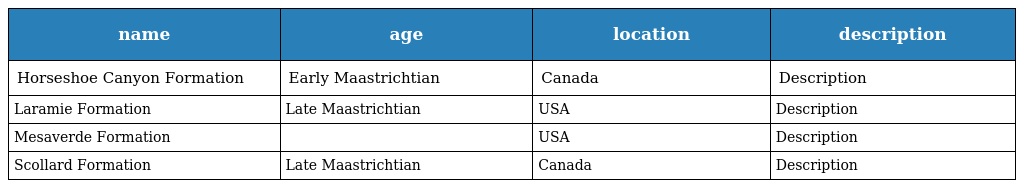
| name | age | location | description |
 | --- | --- | --- | --- |
 | Horseshoe Canyon Formation | Early Maastrichtian | Canada | Description |
 | Laramie Formation | Late Maastrichtian | USA | Description |
 | Mesaverde Formation |  | USA | Description |
 | Scollard Formation | Late Maastrichtian | Canada | Description |